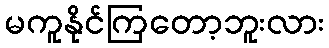
မကူနိုင်ကြတော့ဘူးလား